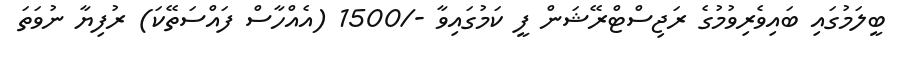
ބީލަމުގައި ބައިވެރިވުމުގެ ރަޖިސްޓްރޭޝަން ފީ ކަމުގައިވާ -/1500 (އެއްހާސް ފައްސަތޭކަ) ރުފިޔާ ނުވަތަ